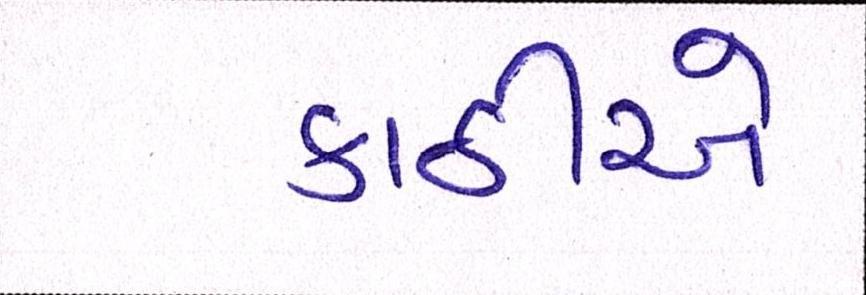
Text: કાઠીએ